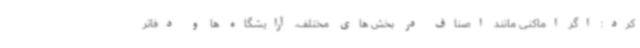
کرد: اگر اماکنی مانند اصناف در بخش های مختلف، آرایشگاه ها و دفاتر